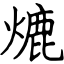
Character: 熝